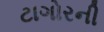
ટાગોરની